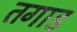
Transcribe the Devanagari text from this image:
तगाड